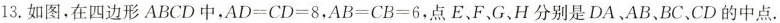
13.如图，在四边形ABCD中，AD=CD=8，AB=CB=6，点E、F、G、H分别是DA、AB、BC、CD的中点.